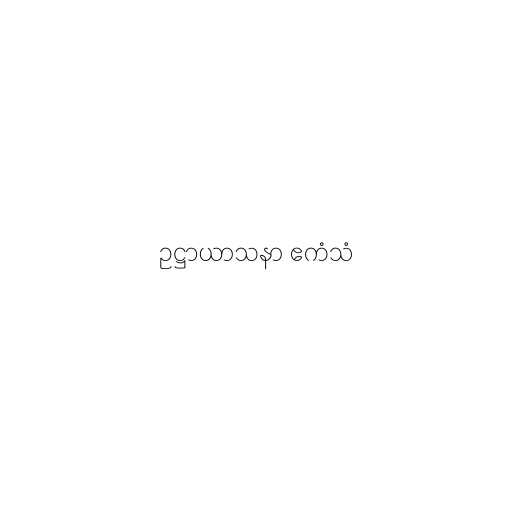
ဥဋ္ဌာယာသနာ ဧကံသံ